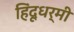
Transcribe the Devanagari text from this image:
हिंदूधर्मी